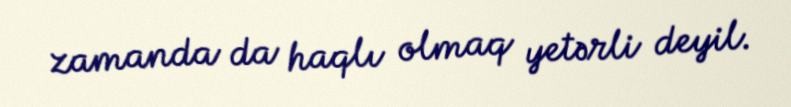
zamanda da haqlı olmaq yetərli deyil.